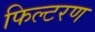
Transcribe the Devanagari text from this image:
फिल्टरण